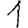
Digit: 1